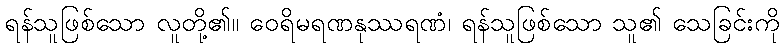
ရန်သူဖြစ်သော လူတို့၏။ ဝေရိမရဏနုဿရဏံ၊ ရန်သူဖြစ်သော သူ၏ သေခြင်းကို